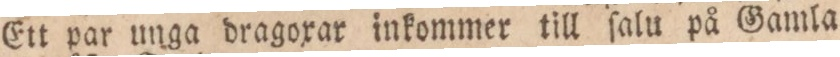
Ett par unga dragoxar inkommer till ſalu på Gamla